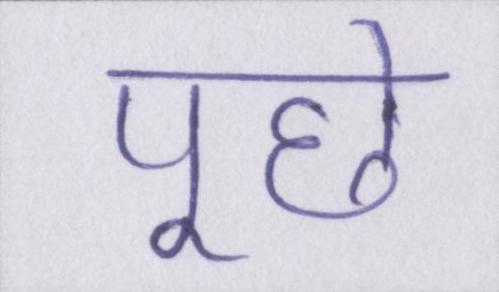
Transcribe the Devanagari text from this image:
पूछे